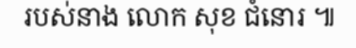
របស់នាង លោក សុខ ជំនោរ ៕